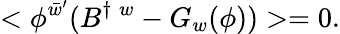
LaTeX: <\phi^{\bar{w}^{\prime}}(B^{\dagger\; w}-G_{w}(\phi))>=0.